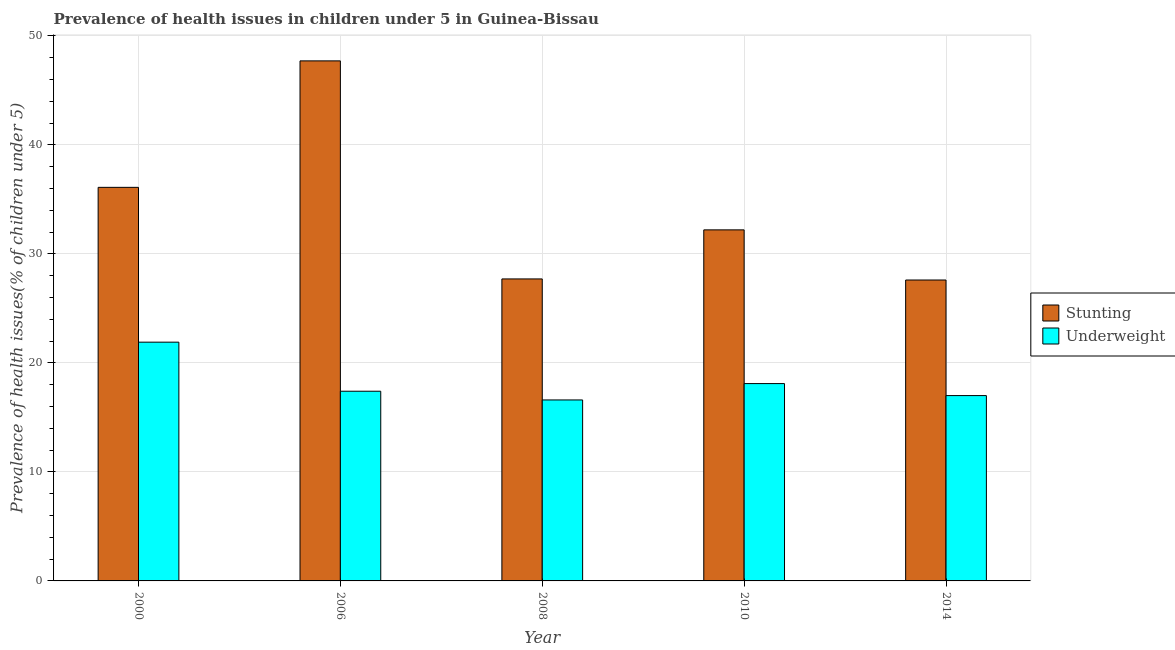
| Year | Stunting | Underweight |
 | --- | --- | --- |
 | 2000 | 36.1 | 21.9 |
 | 2006 | 47.7 | 17.4 |
 | 2008 | 27.7 | 16.6 |
 | 2010 | 32.2 | 18.1 |
 | 2014 | 27.6 | 17 |